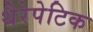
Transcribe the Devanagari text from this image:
थैरेपेटिक